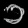
Digit: ၁